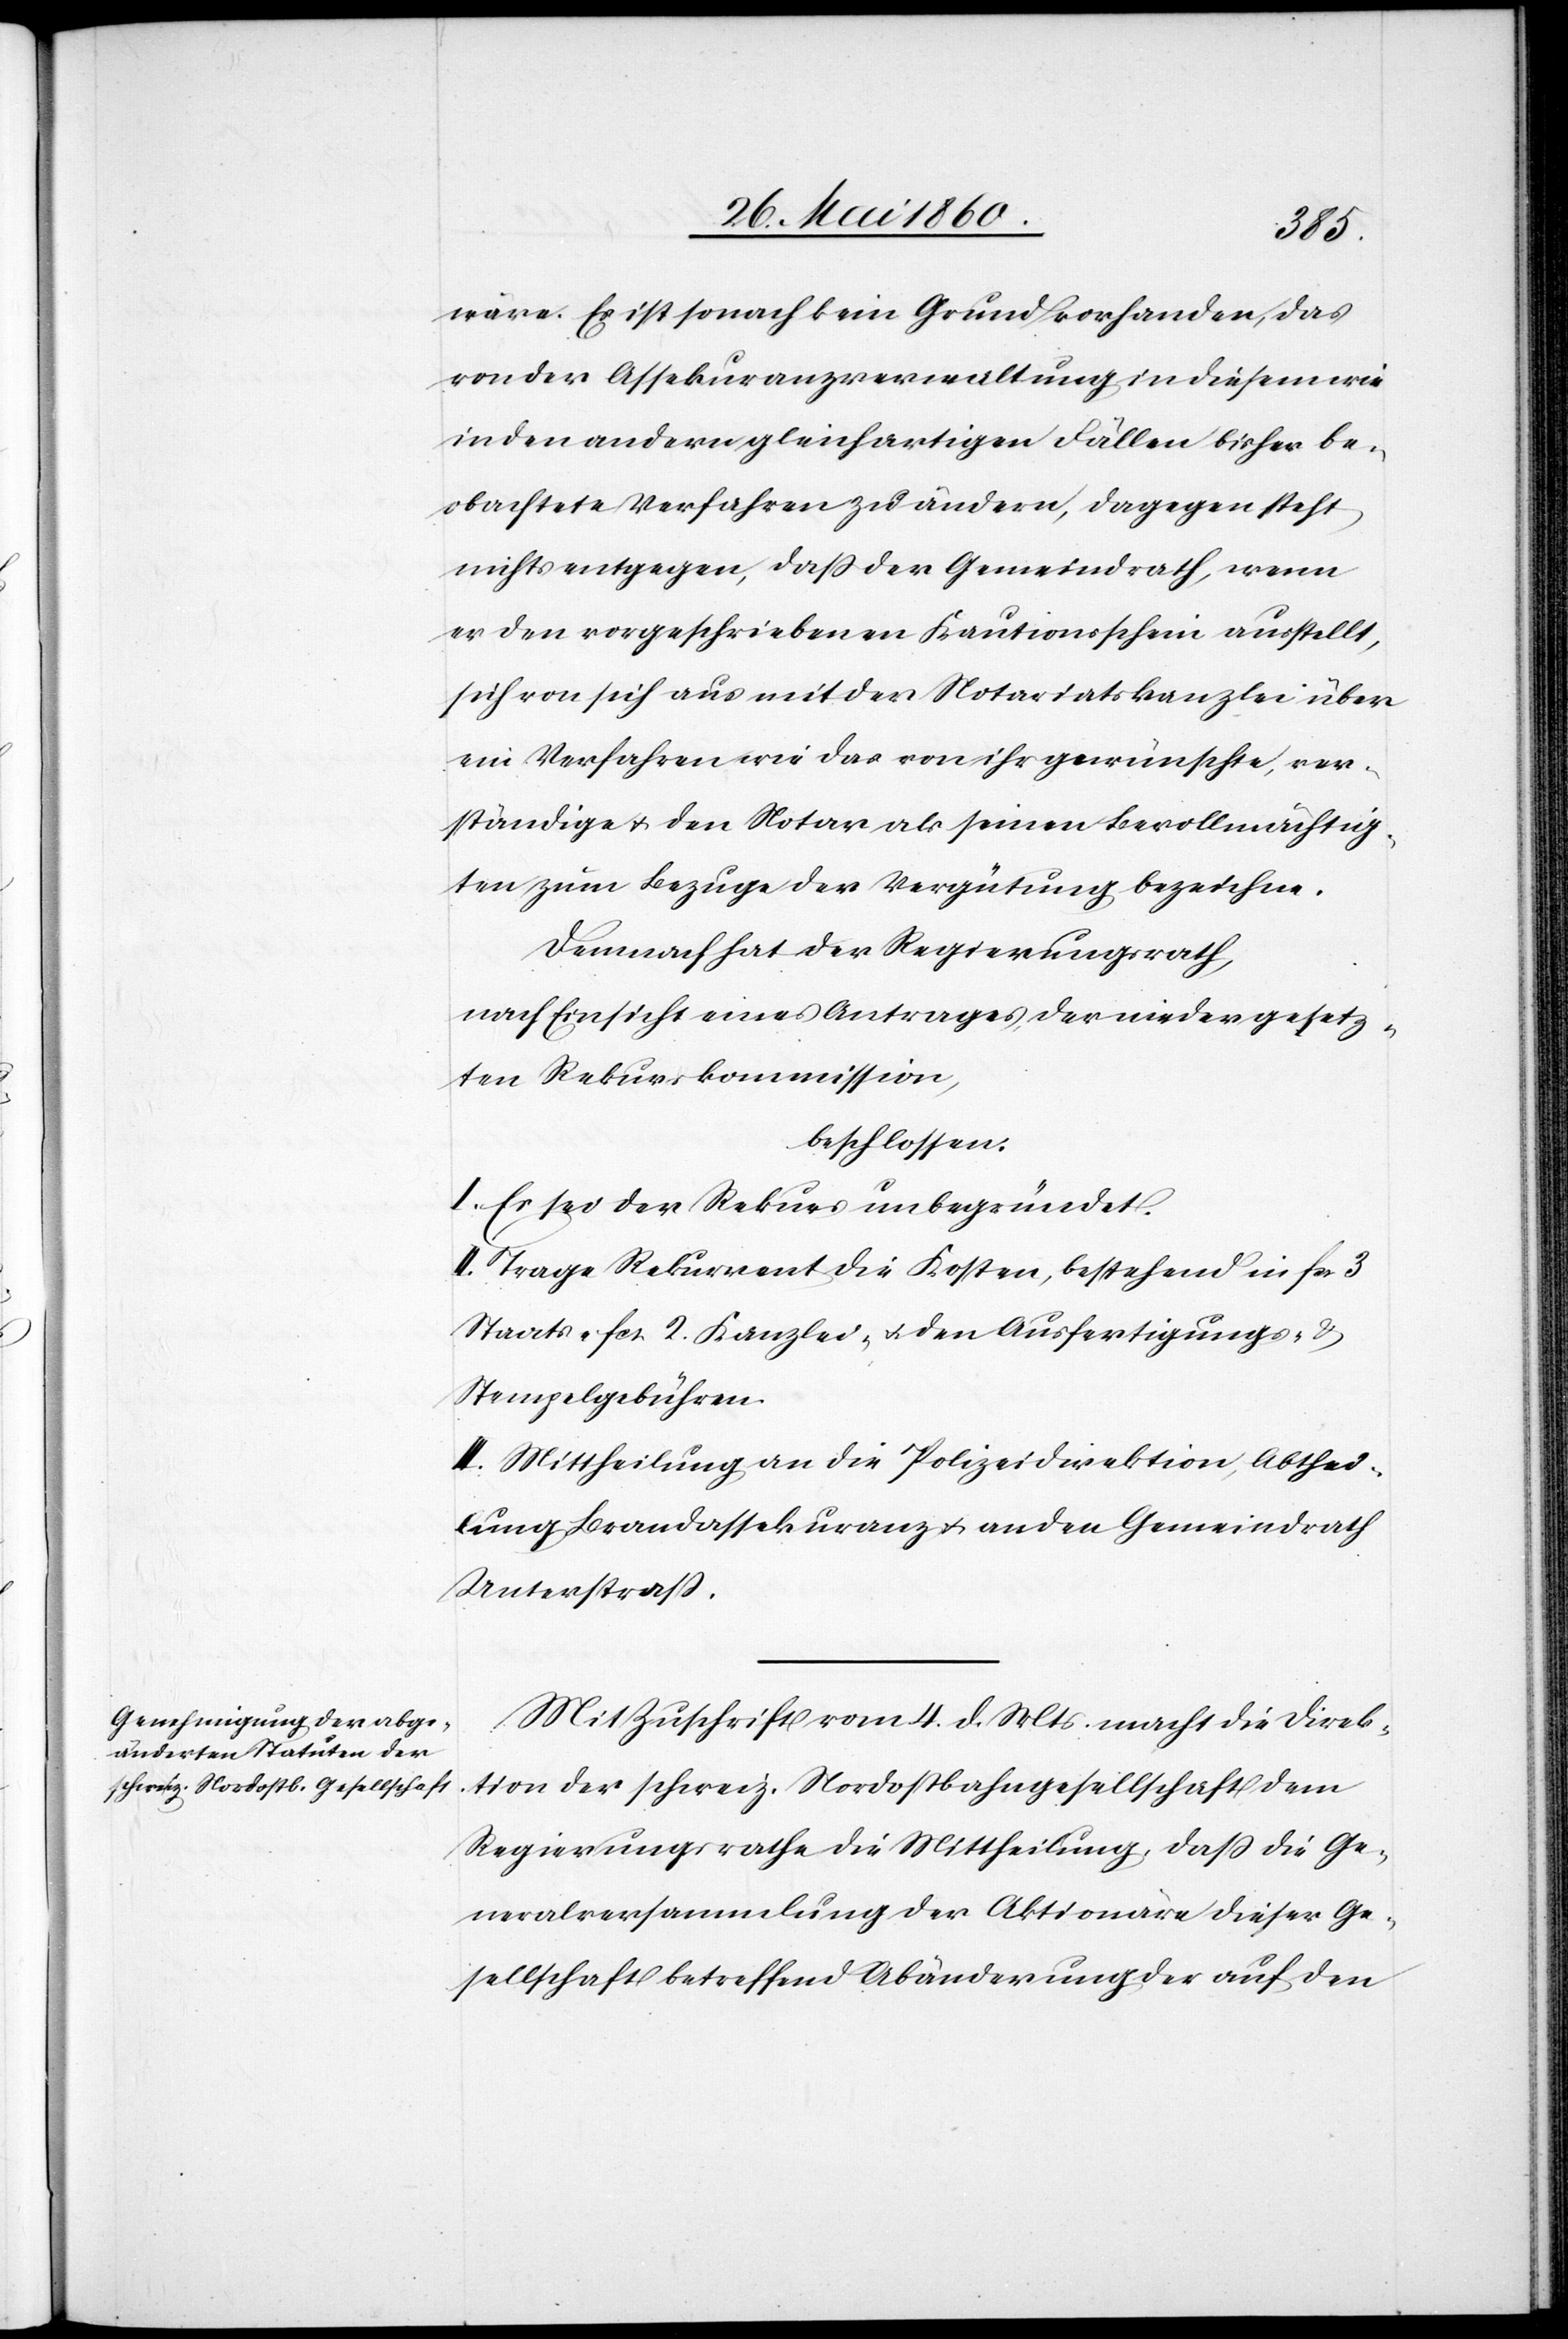
wäre. Es ist sonach kein Grund vorhanden, das
von der Assekuranzverwaltung in diesem wie
in den andern gleichartigen Fällen bisher be¬
obachtete Verfahren zu ändern, dagegen steht
nichts entgegen, dass der Gemeindrath, wenn
er den vorgeschriebenen Kautionsschein ausstellt,
sich von sich aus mit der Notariatskanzlei über
ein Verfahren wie das von ihr gewünschte, ver¬
ständige u. den Notar als seinen Bevollmächtig¬
ten zum Bezuge der Vergütung bezeichne.
Demnach hat der Regierungsrath,
nach Einsicht eines Antrages der niedergesetz¬
ten Rekurskommission,
beschlossen:
I. Es sei der Rekurs unbegründet.
II. Trage Rekurrent die Kosten, bestehend in fcs. 3
Staats- fcs. 2 Kanzlei- u. den Ausfertigungs- u.
Stempelgebühren.
III. Mittheilung an die Polizeidirektion, Abthei¬
lung Brandassekuranz u. an den Gemeindrath
Unterstrass.
Mit Zuschrift vom 4. d. Mts. macht die Direk¬
tion der schweiz. Nordostbahngesellschaft dem
Regierungsrathe die Mittheilung, dass die Ge¬
neralversammlung der Aktionäre dieser Ge¬
sellschaft betreffend Abänderung der auf den